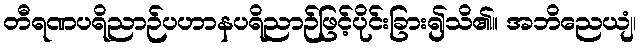
တီရဏပရိညာဉ်ပဟာနပရိညာဉ်ဖြင့်ပိုင်းခြား၍သိ၏။ အဘိညေယျံ၊